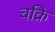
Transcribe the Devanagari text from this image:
चक्रि